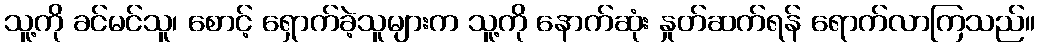
သူ့ကို ခင်မင်သူ၊ စောင့် ရှောက်ခဲ့သူများက သူ့ကို နောက်ဆုံး နှုတ်ဆက်ရန် ရောက်လာကြသည်။